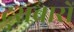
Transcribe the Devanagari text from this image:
दुराचारों